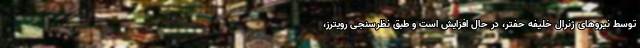
توسط نیروهای ژنرال خلیفه حفتر، در حال افزایش است و طبق نظرسنجی رویترز،